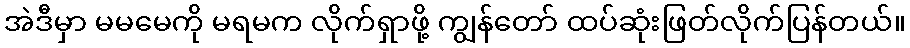
အဲဒီမှာ မမမေကို မရမက လိုက်ရှာဖို့ ကျွန်တော် ထပ်ဆုံးဖြတ်လိုက်ပြန်တယ်။